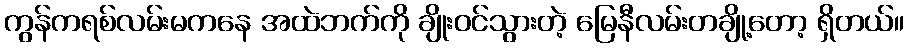
ကွန်ကရစ်လမ်းမကနေ အထဲဘက်ကို ချိုးဝင်သွားတဲ့ မြေနီလမ်းတချို့တော့ ရှိတယ်။